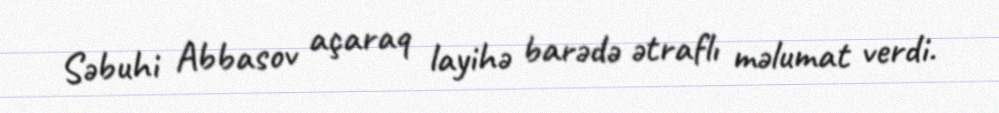
Səbuhi Abbasov açaraq layihə barədə ətraflı məlumat verdi.